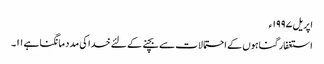
اپریل ١٩٩٧ء
استغفار گناہوں کے احتمالات سے بچنے کے لئے خدا کی مدد مانگنا ہے ١١۔